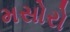
મસોરો